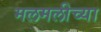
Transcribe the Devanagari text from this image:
मलमलीच्या